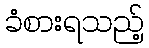
ခံစားရသည့်